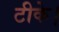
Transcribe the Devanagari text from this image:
टीके।